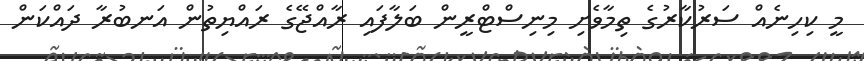
މީ ކިހިނެއް ސަރުކާރުގެ ތިމާވެށި މިނިސްޓްރީން ބަލާފައި ރާއްޖޭގެ ރައްޔިތުން އަނބުރާ ދައްކަން